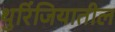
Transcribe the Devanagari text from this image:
थुरिंजियातील